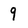
Character: q